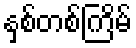
နှစ်တစ်ကြိမ်